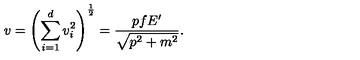
v = \left( \sum _ { i = 1 } ^ { d } v _ { i } ^ { 2 } \right) ^ { \frac { 1 } { 2 } } = \frac { p f E ^ { \prime } } { \sqrt { p ^ { 2 } + m ^ { 2 } } } .